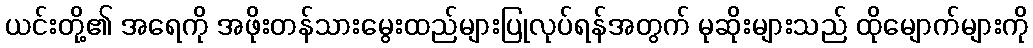
ယင်းတို့၏ အရေကို အဖိုးတန်သားမွေးထည်များပြုလုပ်ရန်အတွက် မုဆိုးများသည် ထိုမျောက်များကို